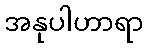
အနုပါဟာရာ